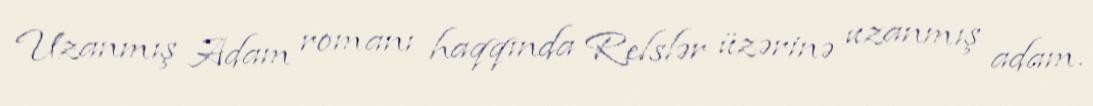
Uzanmış Adam romanı haqqında Relslər üzərinə uzanmış adam.